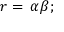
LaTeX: r = \, \alpha \beta ;